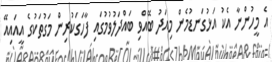
އެ މީހުންނާ އެކު އަޅުގަނޑުމެން މިއަދު ބޭއްވި ބައްދަލުވުމުގައި ފާހަގަކުރިން މަގުތަކުގެ އީއައިއޭ